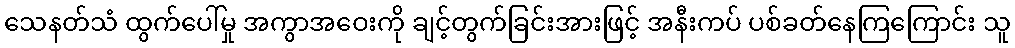
သေနတ်သံ ထွက်ပေါ်မှု အကွာအဝေးကို ချင့်တွက်ခြင်းအားဖြင့် အနီးကပ် ပစ်ခတ်နေကြကြောင်း သူ